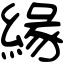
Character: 緣